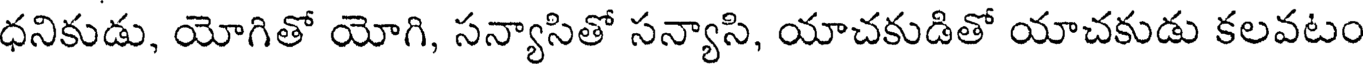
ధనికుడు, యోగితో యోగి, సన్యాసితో సన్యాసి, యాచకుడితో యాచకుడు కలవటం